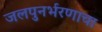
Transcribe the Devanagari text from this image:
जलपुनर्भरणाचा